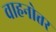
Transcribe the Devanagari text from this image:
वाहनोत्तर